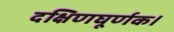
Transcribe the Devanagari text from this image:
दक्षिणघूर्णक।